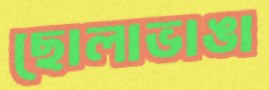
ছোলাভাঙা